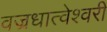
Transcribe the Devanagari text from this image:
वज्रधात्वेश्वरी